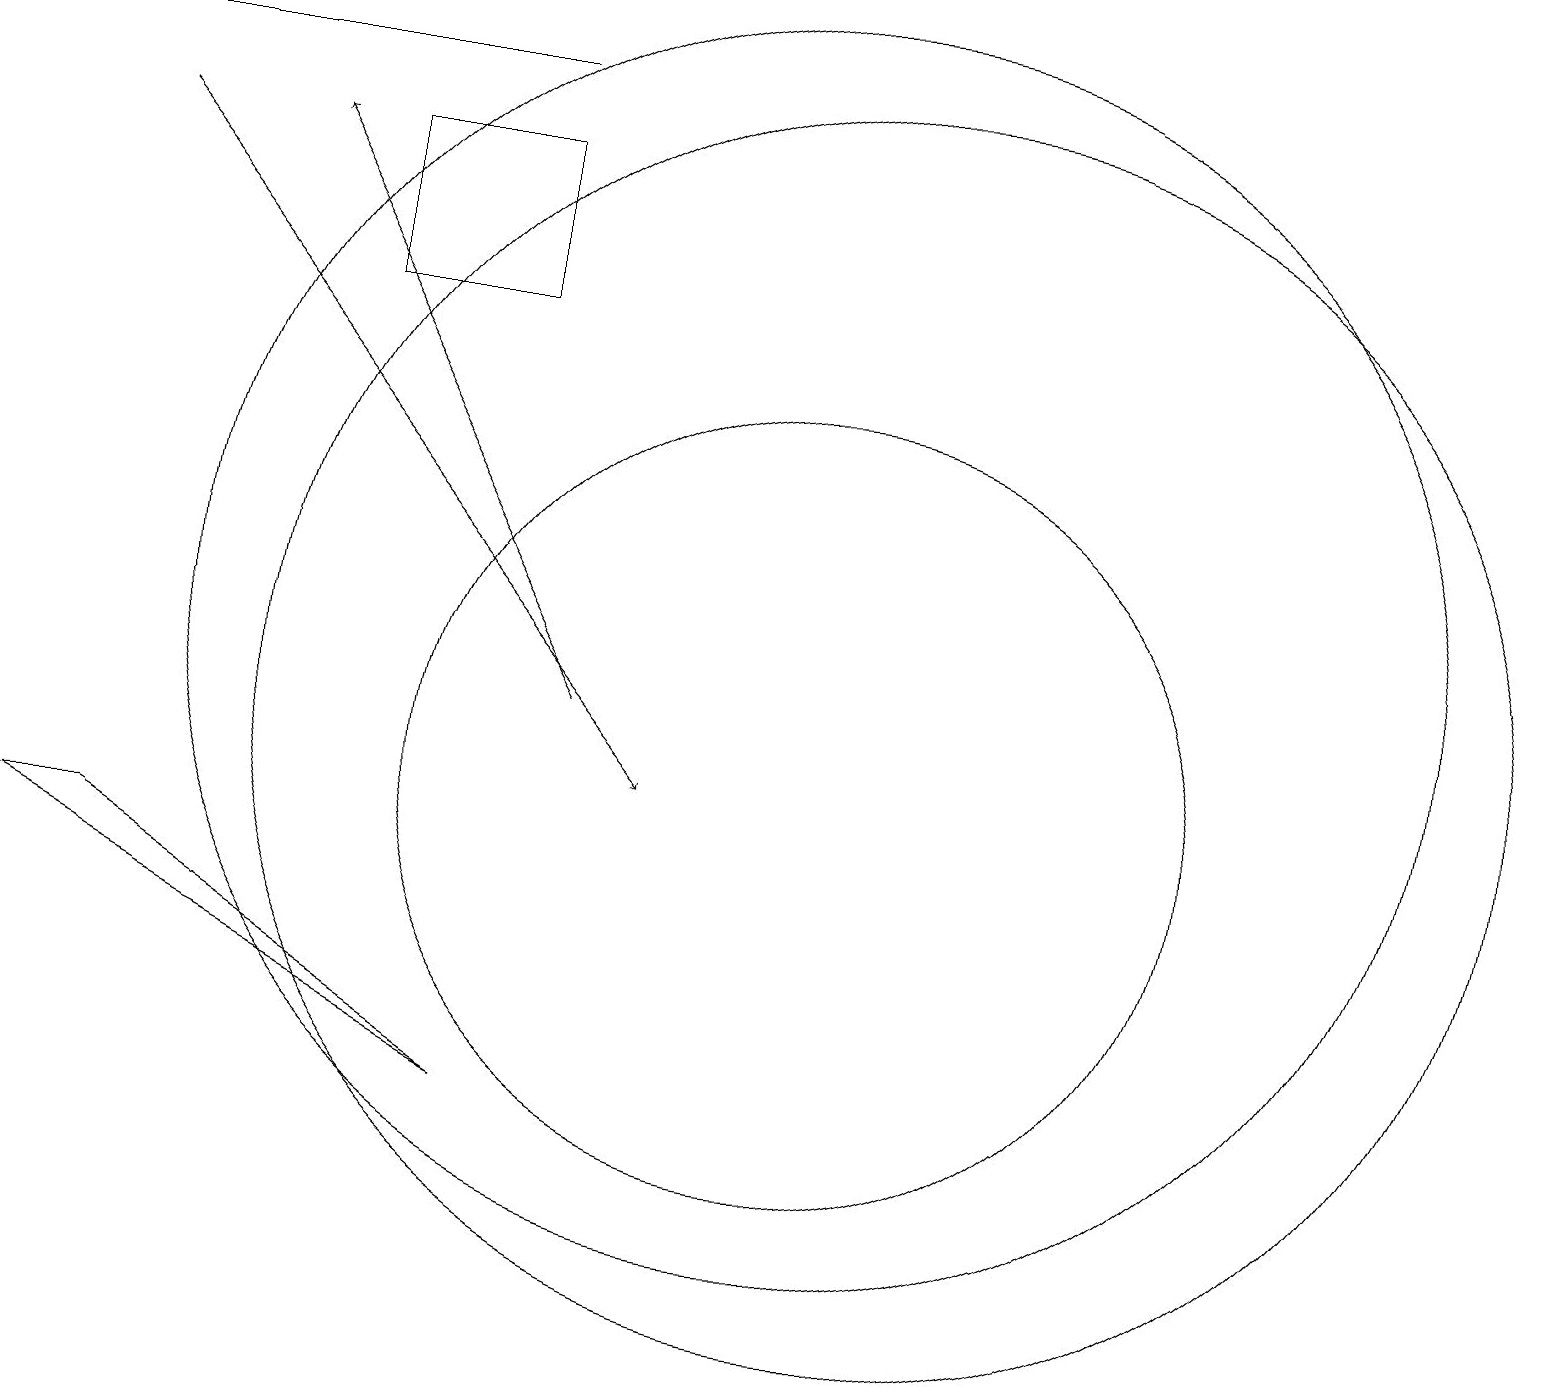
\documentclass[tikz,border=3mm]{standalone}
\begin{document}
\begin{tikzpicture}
\draw[->] (8,11) -- (4,18);
\draw (11,10) circle (5);
\draw (12,11) circle (8);
\draw (1,19) rectangle (7,19);
\draw (7,18) rectangle (5,16);
\draw (11,12) circle (8);
\draw[->] (2,18) -- (9,10);
\draw (1,9) -- (2,9) -- (7,6) -- cycle;
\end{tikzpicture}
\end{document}